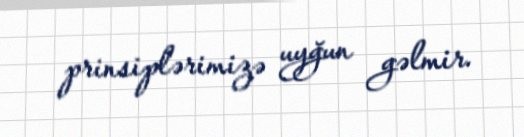
prinsiplərimizə uyğun gəlmir.